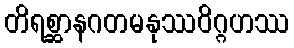
တိရစ္ဆာနဂတမနုဿဝိဂ္ဂဟဿ